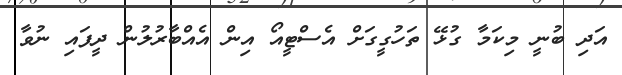
އަދި ބުނީ މިކަމާ ގުޅޭ ތަހުގީގަށް އެސްޓީއޯ އިން އެއްބާރުލުން ދީފައި ނުވާ